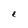
Character: E